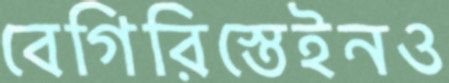
বেগিরিস্তেইনও